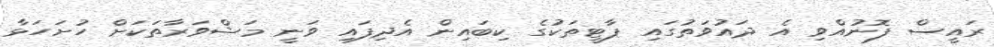
ރައީސް ފޮނުއްވި އެ ދައުވަތުގައި ޕާޓީތަކުގެ ކިބައިން އެދިފައި ވަނީ މަޝްވަރާތަކަށް ހުށަހަޅާ